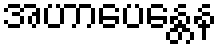
အဟာပေန္တေန